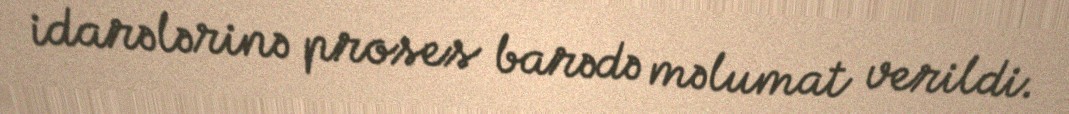
idarələrinə proses barədə məlumat verildi.